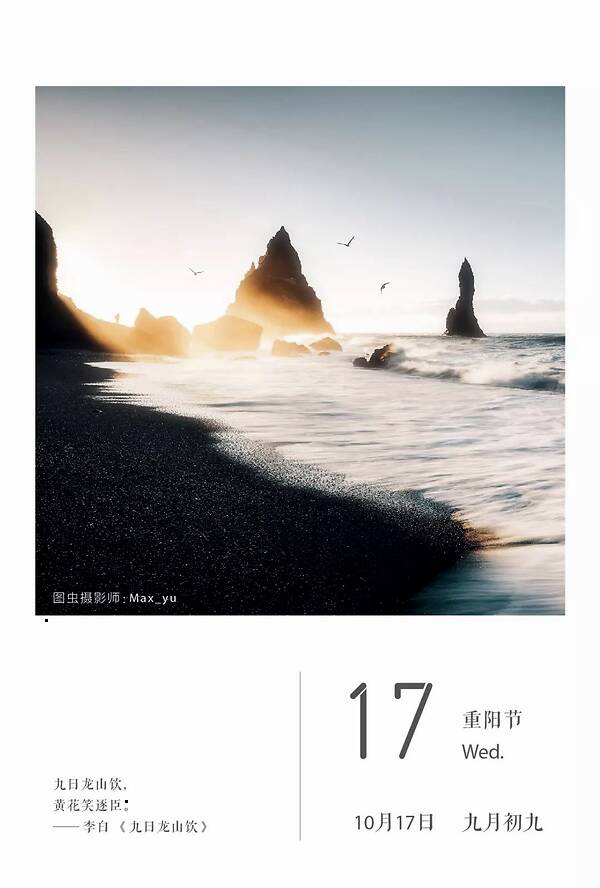
九日龙山饮，黄花笑逐臣。